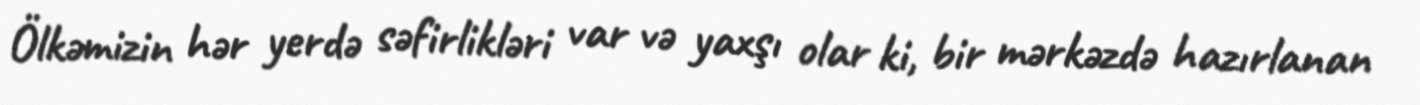
Ölkəmizin hər yerdə səfirlikləri var və yaxşı olar ki, bir mərkəzdə hazırlanan